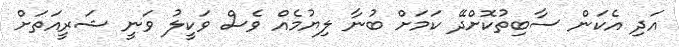
އަދި އެކަން ސާބިތުކޮށްދޭ ކަމަށް ބުނާ ލިޔުމެއް ވެސް ވަކީލު ވަނީ ޝަރީއަތަށް